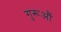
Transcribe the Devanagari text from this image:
गुरूऔं